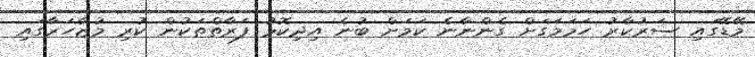
މޭޑޭގައި ސަރުކާރު ހަމަމަގަށް ގެންނާނެ ކަމަށް ބުނެ އިދިކޮޅު ފަރާތްތަކުން ކުރި މުޒާހަރާގައި